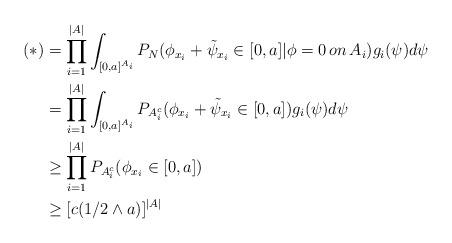
LaTeX: \begin{align*}(*)&=\prod_{i=1}^{|A|}\int_{[0,a]^{A_i}}P_N(\phi_{x_i}+\tilde{\psi}_{x_i}\in[0,a] |\phi=0 \, on \, A_i)g_i(\psi)d\psi\\&=\prod_{i=1}^{|A|}\int_{[0,a]^{A_i}}P_{A_i^c}(\phi_{x_i}+\tilde{\psi}_{x_i}\in[0,a])g_i(\psi)d\psi\\&\geq \prod_{i=1}^{|A|}P_{A_i^c}(\phi_{x_i}\in[0,a] )\\&\geq [c(1/2\wedge a)]^{|A|}\end{align*}